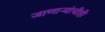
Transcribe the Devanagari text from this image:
जाणाऱ्यांचीही